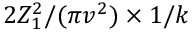
2 Z _ { 1 } ^ { 2 } / ( \pi v ^ { 2 } ) \times 1 / k